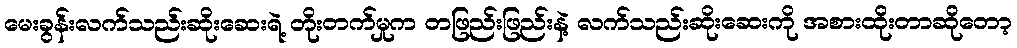
မေးခွန်းလက်သည်းဆိုးဆေးရဲ့ တိုးတက်မှုက တဖြည်းဖြည်းနဲ့ လက်သည်းဆိုးဆေးကို အစားထိုးတာဆိုတော့